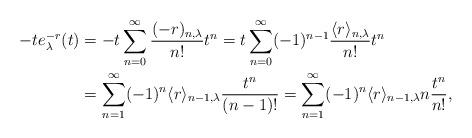
LaTeX: \begin{align*}-te_{\lambda}^{-r}(t)&=-t\sum_{n=0}^{\infty}\frac{(-r)_{n,\lambda}}{n!}t^{n}=t\sum_{n=0}^{\infty}(-1)^{n-1}\frac{\langle r\rangle_{n,\lambda}}{n!}t^{n} \\&=\sum_{n=1}^{\infty}(-1)^{n}\langle r\rangle_{n-1,\lambda}\frac{t^{n}}{(n-1)!}=\sum_{n=1}^{\infty}(-1)^{n}\langle r\rangle_{n-1,\lambda}n\frac{t^{n}}{n!}, \end{align*}